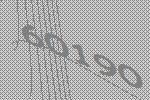
60190